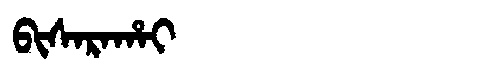
Manchu: ᠪᡳᠰᠠᡵᠠᡥᠠᡳ
Romanization: BISARAHAI